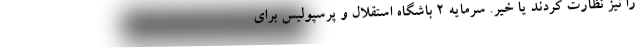
را نیز نظارت کردند یا خیر. سرمایه 2 باشگاه استقلال و پرسپولیس برای